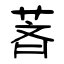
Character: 萕